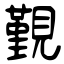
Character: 覲